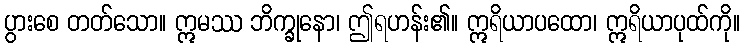
ပွားစေ တတ်သော။ ဣမဿ ဘိက္ခုနော၊ ဤရဟန်း၏။ ဣရိယာပထော၊ ဣရိယာပုထ်ကို။